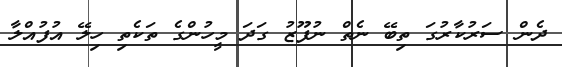
ދެން ސަރުކާރުގަ ތިބޭ ނެތް ނުފޫޒު ގަދަ މީހުންގެ ތަކެތި ހިލޭ އުފުއްލާ